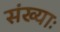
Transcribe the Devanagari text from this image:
संख्याः